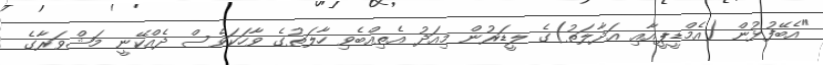
"އެބޭފުޅުން (އެމްޑީޕީއާއި އަދާލަތު)ގެ ލީޑަރުން މިއަދު އެތިއްބެވި ހާލަތުގެ ވާހަކަވެސް ދެއްކޭނީ މަޝްވަރާގެ